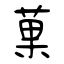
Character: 菓